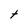
Character: t